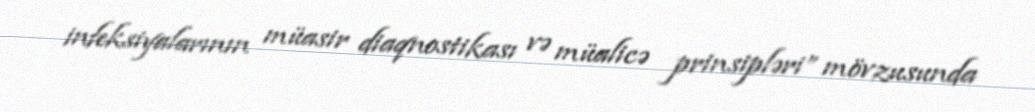
infeksiyalarının müasir diaqnostikası və müalicə prinsipləri” mövzusunda